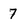
Character: 7